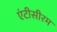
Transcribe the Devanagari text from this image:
एंटीसीरम